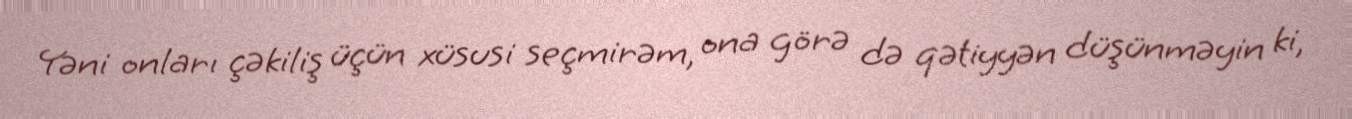
Yəni onları çəkiliş üçün xüsusi seçmirəm, ona görə də qətiyyən düşünməyin ki,